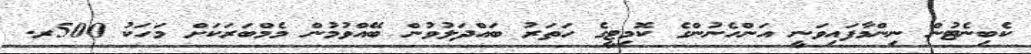
ކެބިނެޓުން ނިންމާފައިވަނީ އަންހެނުންގެ ކޮމިޓީގެ ހަތަރު ބައްދަލުވުން ބޭއްވުމުން މެމްބަރަކަށް މަހަކު 500ރ.